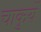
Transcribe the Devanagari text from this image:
चाकुयें